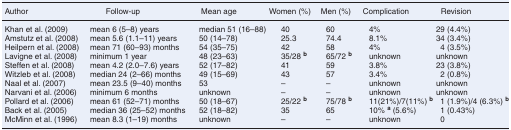
<table><thead><tr><td><b>Author</b></td><td><b>Follow-up</b></td><td><b>Mean age</b></td><td><b>Women (%)</b></td><td><b>Men (%)</b></td><td><b>Complication</b></td><td><b>Revision</b></td></tr></thead><tbody><tr><td>Khan et al. (2009)</td><td>mean 6 (5–8) years</td><td>median 51 (16–88)</td><td>40</td><td>60</td><td>4%</td><td>29 (4.4%)</td></tr><tr><td>Amstutz et al. (2008)</td><td>mean 5.6 (1.1–11) years</td><td>50 (14–78)</td><td>25.3</td><td>74.4</td><td>8.1%</td><td>34 (3.4%)</td></tr><tr><td>Heilpern et al. (2008)</td><td>mean 71 (60–93) months</td><td>54 (35–75)</td><td>42</td><td>58</td><td>4%</td><td>4 (3.5%)</td></tr><tr><td>Lavigne et al. (2008)</td><td>minimum 1 year</td><td>48 (23–63)</td><td>35/28 <b><sup>b</sup></b></td><td>65/72 <b><sup>b</sup></b></td><td>unknown</td><td>unknown</td></tr><tr><td>Steffen et al. (2008)</td><td>mean 4.2 (2.0–7.6) years</td><td>52 (17–82)</td><td>41</td><td>59</td><td>3.8%</td><td>23 (3.8%)</td></tr><tr><td>Witzleb et al. (2008)</td><td>median 24 (2–66) months</td><td>49 (15–69)</td><td>43</td><td>57</td><td>3.4%</td><td>2 (0.8%)</td></tr><tr><td>Naal et al. (2007)</td><td>mean 23.5 (9–40) months</td><td>53</td><td>–</td><td>–</td><td>unknown</td><td>unknown</td></tr><tr><td>Narvani et al. (2006)</td><td>minimum 6 months</td><td>unknown</td><td>–</td><td>–</td><td>unknown</td><td>unknown</td></tr><tr><td>Pollard et al. (2006)</td><td>mean 61 (52–71) months</td><td>50 (18–67)</td><td>25/22 <b><sup>b</sup></b></td><td>75/78 <b><sup>b</sup></b></td><td>11(21%)/7(11%) <b><sup>b</sup></b></td><td>1 (1.9%)/4 (6.3%) <b><sup>b</sup></b></td></tr><tr><td>Back et al. (2005)</td><td>median 36 (25–52) months</td><td>52 (18–82)</td><td>35</td><td>65</td><td>10% <b><sup>a</sup></b> (5.6%)</td><td>1 (0.43%)</td></tr><tr><td>McMinn et al. (1996)</td><td>mean 8.3 (1–19) months</td><td>unknown</td><td>–</td><td>–</td><td>unknown</td><td>0</td></tr></tbody></table>